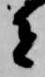
者